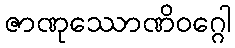
ဇာဏုဿောဏိဝဂ္ဂေါ